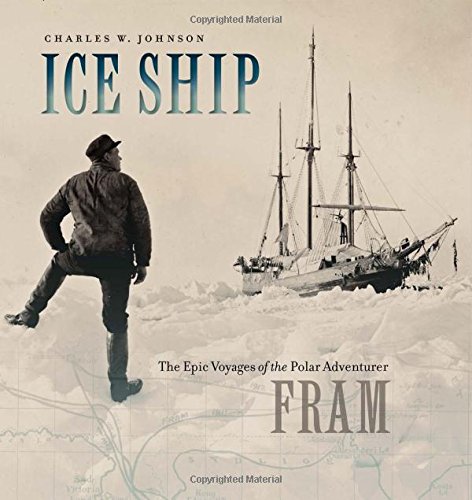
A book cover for Ice Ship: The Epic Voyages of the Polar Adventurer Fram; Charles W. Johnson; History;